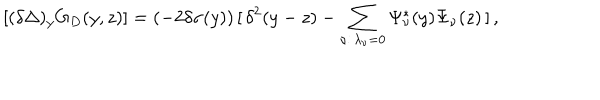
LaTeX: [ ( \delta \Delta ) _ { y } G _ { D } ( y , z ) ] = ( - 2 \delta \sigma ( y ) ) \, [ \, \delta ^ { 2 } ( y - z ) - \sum _ { \nu : \, \lambda _ { \nu } = 0 } \Psi _ { \nu } ^ { * } ( y ) \Psi _ { \nu } ( z ) \, ] \, ,